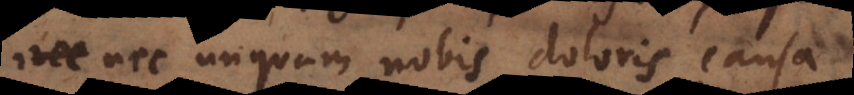
, nec unquam nobis doloris causa